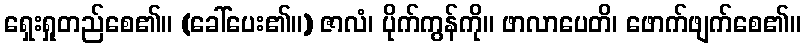
ရှေးရှုတည်စေ၏။ (ခေါ်ပေး၏။) ဇာလံ၊ ပိုက်ကွန်ကို။ ဖာလာပေတိ၊ ဖောက်ဖျက်စေ၏။